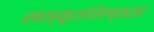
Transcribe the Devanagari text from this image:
संस्कृतनिष्ठता